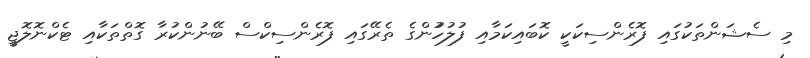
މި ސެޝަންތަކުގައި ފޮރެންސިކަކީ ކޮބައިކަމާއި ފުލުހުުންގެ ތެރޭގައި ފޮރެންސިކްސް ބޭނުންކުރާ ގޮތްތަކާއި ޓެކްނޮލޮޖީ